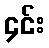
၄င်း